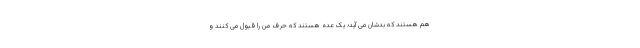
هم هستند که بدشان می آید؛ یک عده هستند که حرف من را قبول می کنند و